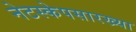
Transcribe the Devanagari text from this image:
नेटस्केपसारख्या